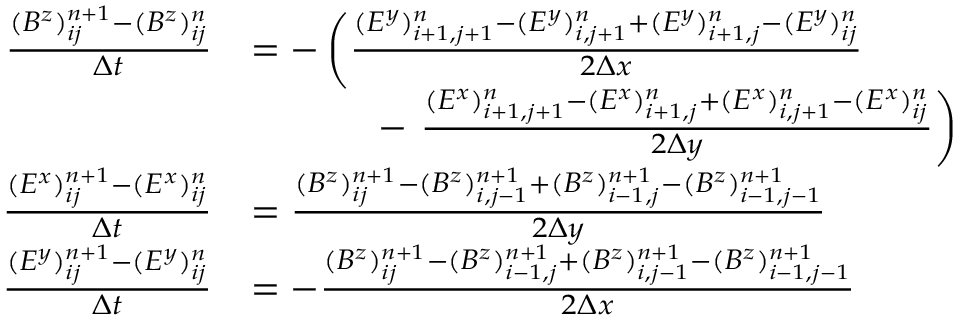
\begin{array} { r l } { \frac { ( B ^ { z } ) _ { i j } ^ { n + 1 } - ( B ^ { z } ) _ { i j } ^ { n } } { \Delta t } } & { = - \left( \frac { ( E ^ { y } ) _ { i + 1 , j + 1 } ^ { n } - ( E ^ { y } ) _ { i , j + 1 } ^ { n } + ( E ^ { y } ) _ { i + 1 , j } ^ { n } - ( E ^ { y } ) _ { i j } ^ { n } } { 2 \Delta x } \right. } \\ & { \phantom { m m m m } - \left. \frac { ( E ^ { x } ) _ { i + 1 , j + 1 } ^ { n } - ( E ^ { x } ) _ { i + 1 , j } ^ { n } + ( E ^ { x } ) _ { i , j + 1 } ^ { n } - ( E ^ { x } ) _ { i j } ^ { n } } { 2 \Delta y } \right) } \\ { \frac { ( E ^ { x } ) _ { i j } ^ { n + 1 } - ( E ^ { x } ) _ { i j } ^ { n } } { \Delta t } } & { = \frac { ( B ^ { z } ) _ { i j } ^ { n + 1 } - ( B ^ { z } ) _ { i , j - 1 } ^ { n + 1 } + ( B ^ { z } ) _ { i - 1 , j } ^ { n + 1 } - ( B ^ { z } ) _ { i - 1 , j - 1 } ^ { n + 1 } } { 2 \Delta y } } \\ { \frac { ( E ^ { y } ) _ { i j } ^ { n + 1 } - ( E ^ { y } ) _ { i j } ^ { n } } { \Delta t } } & { = - \frac { ( B ^ { z } ) _ { i j } ^ { n + 1 } - ( B ^ { z } ) _ { i - 1 , j } ^ { n + 1 } + ( B ^ { z } ) _ { i , j - 1 } ^ { n + 1 } - ( B ^ { z } ) _ { i - 1 , j - 1 } ^ { n + 1 } } { 2 \Delta x } } \end{array}